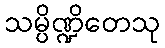
သမ္ပိဏ္ဍိတေသု